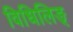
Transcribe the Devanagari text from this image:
विधिलिङ्